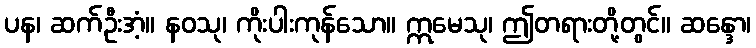
ပန၊ ဆက်ဦးအံ့။ နဝသု၊ ကိုးပါးကုန်သော။ ဣမေသု၊ ဤတရားတို့တွင်။ ဆန္ဒော၊